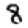
Digit: 8